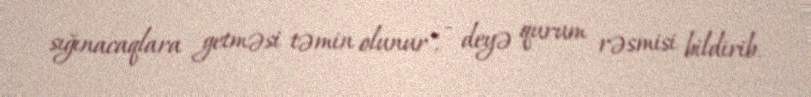
sığınacaqlara getməsi təmin olunur", - deyə qurum rəsmisi bildirib.